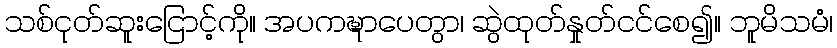
သစ်ငုတ်ဆူးငြောင့်ကို။ အပကဍ္ဎာပေတွာ၊ ဆွဲထုတ်နှုတ်ငင်စေ၍။ ဘူမိသမံ၊